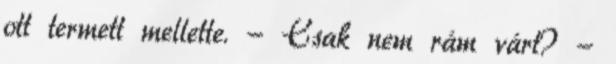
ott termett mellette. - Csak nem rám várt? -